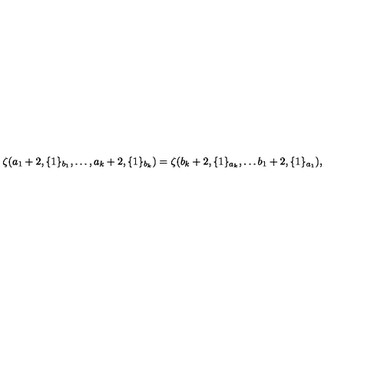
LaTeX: \zeta ( a _ { 1 } + 2 , \{ 1 \} _ { b _ { 1 } } , \dots , a _ { k } + 2 , \{ 1 \} _ { b _ { k } } ) = \zeta ( b _ { k } + 2 , \{ 1 \} _ { a _ { k } } , \dots b _ { 1 } + 2 , \{ 1 \} _ { a _ { 1 } } ) ,